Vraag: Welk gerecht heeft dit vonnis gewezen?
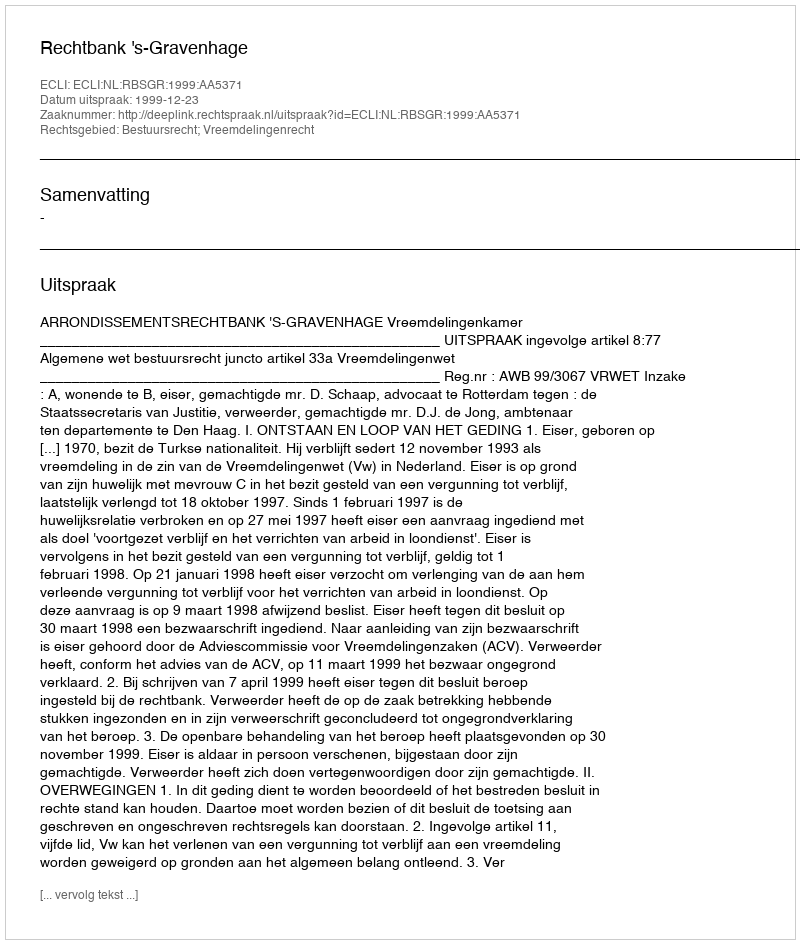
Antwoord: Rechtbank 's-Gravenhage